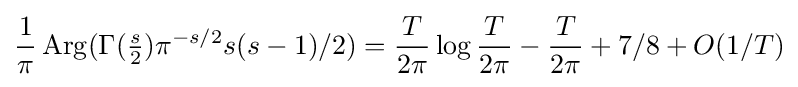
{\frac {1}{\pi }}\mathop {\mathrm {Arg} } (\Gamma ({\tfrac {s}{2}})\pi ^{-s/2}s(s-1)/2)={\frac {T}{2\pi }}\log {\frac {T}{2\pi }}-{\frac {T}{2\pi }}+7/8+O(1/T)